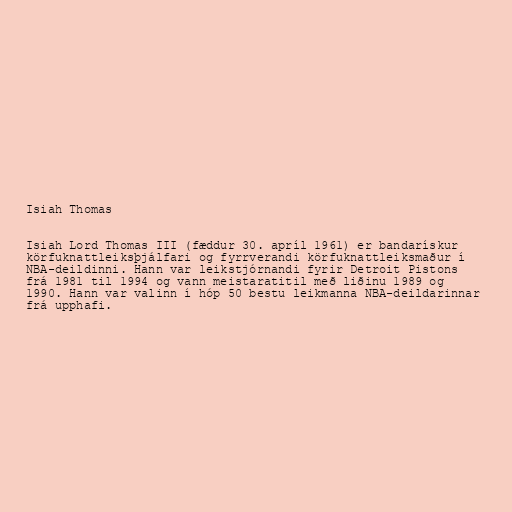
Isiah Thomas

Isiah Lord Thomas III (fæddur 30. apríl 1961) er bandarískur
körfuknattleiksþjálfari og fyrrverandi körfuknattleiksmaður í
NBA-deildinni. Hann var leikstjórnandi fyrir Detroit Pistons
frá 1981 til 1994 og vann meistaratitil með liðinu 1989 og
1990. Hann var valinn í hóp 50 bestu leikmanna NBA-deildarinnar
frá upphafi.